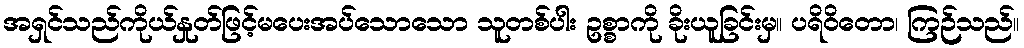
အရှင်သည်ကိုယ်နှုတ်ဖြင့်မပေးအပ်သောသော သူတစ်ပါး ဥစ္စာကို ခိုးယူခြင်းမှ။ ပရိဝိတော၊ ကြဉ်သည်။